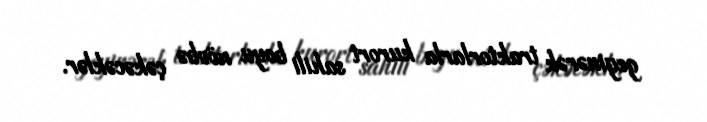
geyinərək traktorlarla kurort sahili boyu növbə çəkəcəklər.